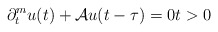
\begin{align*} \partial_{t}^{m} u(t) + \mathcal{A} u(t - \tau) = 0 t > 0 \end{align*}